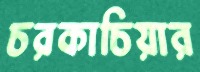
চরকাচিয়ার